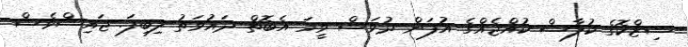
ޝިޒްކޮގެ ކުލާސް ކުއްޖެއްގެ އުފަން ދުވަސް ވީމަ އެބޮތް ދައުވަތު ލިބިފަ. ޖައިޝްވެސް